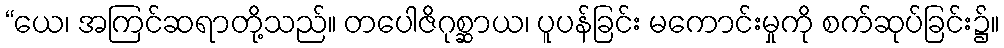
“ယေ၊ အကြင်ဆရာတို့သည်။ တပေါဇိဂုစ္ဆာယ၊ ပူပန်ခြင်း မကောင်းမှုကို စက်ဆုပ်ခြင်း၌။